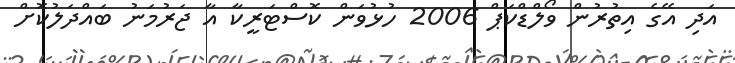
އަދި އޭގެ އިތުރުން ވޯލްޑްކަޕް 2006 ހުޅުވަން ކޮސްޓަރީކާ އާ ޖަރުމަނު ބައްދަލުކޮށް